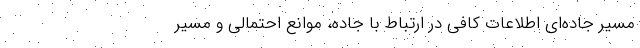
مسیر جاده‌ای اطلاعات کافی در ارتباط با جاده، موانع احتمالی و مسیر